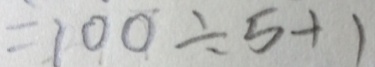
= 1 0 0 \div 5 + 1